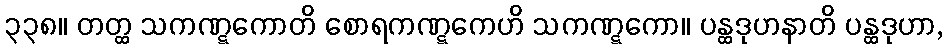
၃၃၈။ တတ္ထ သကဏ္ဋကောတိ စောရကဏ္ဋကေဟိ သကဏ္ဋကော။ ပန္ထဒုဟနာတိ ပန္ထဒုဟာ,